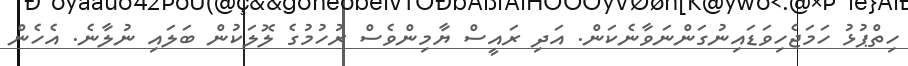
ހިތްޕުޅު ހަމަޖެހިވަޑައިނުގަންނަވާނެކަން. އަދި ރައީސް ޔާމިންވެސް ރުހުމުގެ ލޮލަކުން ބަލައި ނުލާނެ. އެހެން